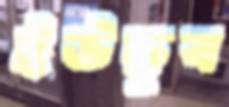
ইউছুব